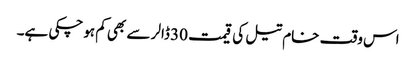
اس وقت خام تیل کی قیمت 30 ڈالر سے بھی کم ہوچکی ہے۔